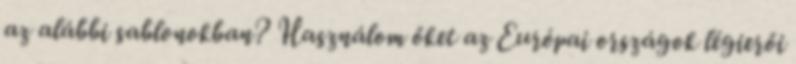
az alábbi sablonokban? Használom őket az Európai országok légierői